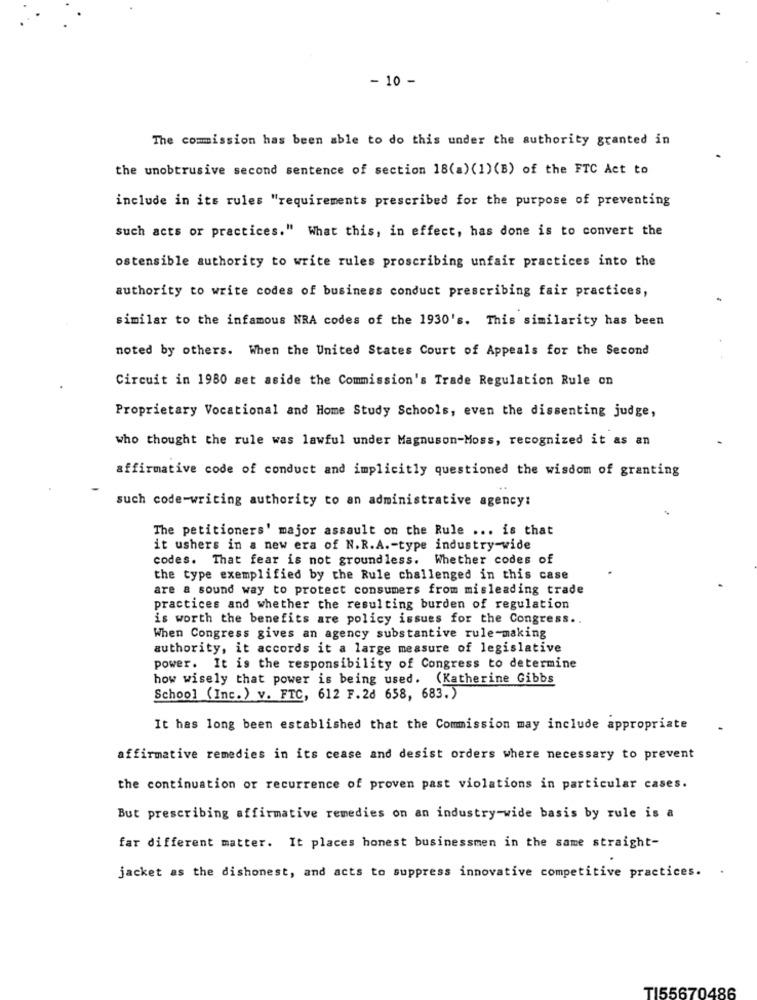
- 10 -
The commission has been able to do this under the authority granted in
the unobtrusive second sentence of section 18(a) (1) (B) of the FTC Act to
include in its rules "requirements prescribed for the purpose of preventing
such acts or practices." What this, in effect, has done is to convert the
ostensible authority to write rules proscribing unfair practices into the
authority to write codes of business conduct prescribing fair practices,
similar to the infamous NRA codes of the 1930's. This similarity has been
noted by others. When the United States Court of Appeals for the Second
Circuit in 1980 set aside the Commission's Trade Regulation Rule on
Proprietary Vocational and Home Study Schools, even the dissenting judge,
who thought the rule was lawful under Magnuson-Moss, recognized it as an
affirmative code of conduct and implicitly questioned the wisdom of granting
such code-writing authority to an administrative agency:
The petitioners' major assault on the Rule ... is that
it ushers in a new era of N.R.A .- type industry-wide
codes. That fear is not groundless. Whether codes of
the type exemplified by the Rule challenged in this case
are a sound way to protect consumers from misleading trade
practices and whether the resulting burden of regulation
is worth the benefits are policy issues for the Congress ..
When Congress gives an agency substantive rule-making
authority, it accords it a large measure of legislative
power. It is the responsibility of Congress to determine
how wisely that power is being used. (Katherine Gibbs
School (Inc.) v. FTC, 612 F.2d 658, 683.)
It has long been established that the Commission may include appropriate
affirmative remedies in its cease and desist orders where necessary to prevent
the continuation or recurrence of proven past violations in particular cases.
But prescribing affirmative remedies on an industry-wide basis by rule is a
far different matter. It places honest businessmen in the same straight-
jacket as the dishonest, and acts to suppress innovative competitive practices.
TI55670486